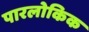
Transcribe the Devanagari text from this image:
पारलोकिक